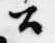
公